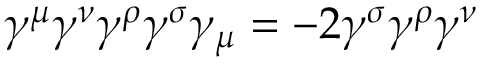
\gamma ^ { \mu } \gamma ^ { \nu } \gamma ^ { \rho } \gamma ^ { \sigma } \gamma _ { \mu } = - 2 \gamma ^ { \sigma } \gamma ^ { \rho } \gamma ^ { \nu }